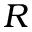
R